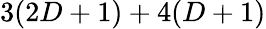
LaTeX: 3(2D+1)+4(D+1)